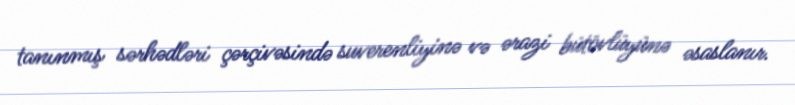
tanınmış sərhədləri çərçivəsində suverenliyinə və ərazi bütövlüyünə əsaslanır.